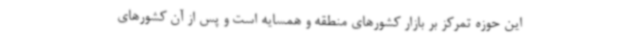
این حوزه تمرکز بر بازار کشورهای منطقه و همسایه است و پس از آن کشورهای